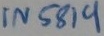
Text: IN5819